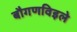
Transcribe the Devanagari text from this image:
बौगणविइले